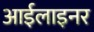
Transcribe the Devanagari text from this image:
आईलाइनर